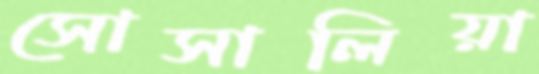
সোসালিয়া